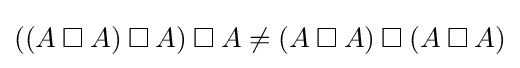
\left((A\mathbin {\square } A)\mathbin {\square } A\right)\mathbin {\square } A\neq (A\mathbin {\square } A)\mathbin {\square } (A\mathbin {\square } A)